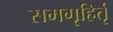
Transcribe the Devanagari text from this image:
समगृहिर्तृ